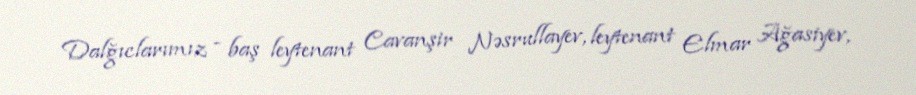
Dalğıclarımız - baş leytenant Cavanşir Nəsrullayev, leytenant Elmar Ağasiyev,